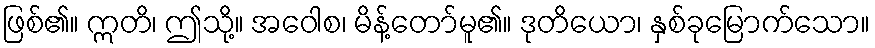
ဖြစ်၏။ ဣတိ၊ ဤသို့။ အဝေါစ၊ မိန့်တော်မူ၏။ ဒုတိယော၊ နှစ်ခုမြောက်သော။